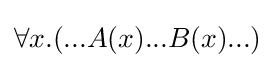
\forall x.(...A(x)...B(x)...)